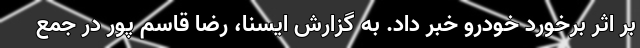
بر اثر برخورد خودرو خبر داد. به گزارش ایسنا، رضا قاسم پور در جمع